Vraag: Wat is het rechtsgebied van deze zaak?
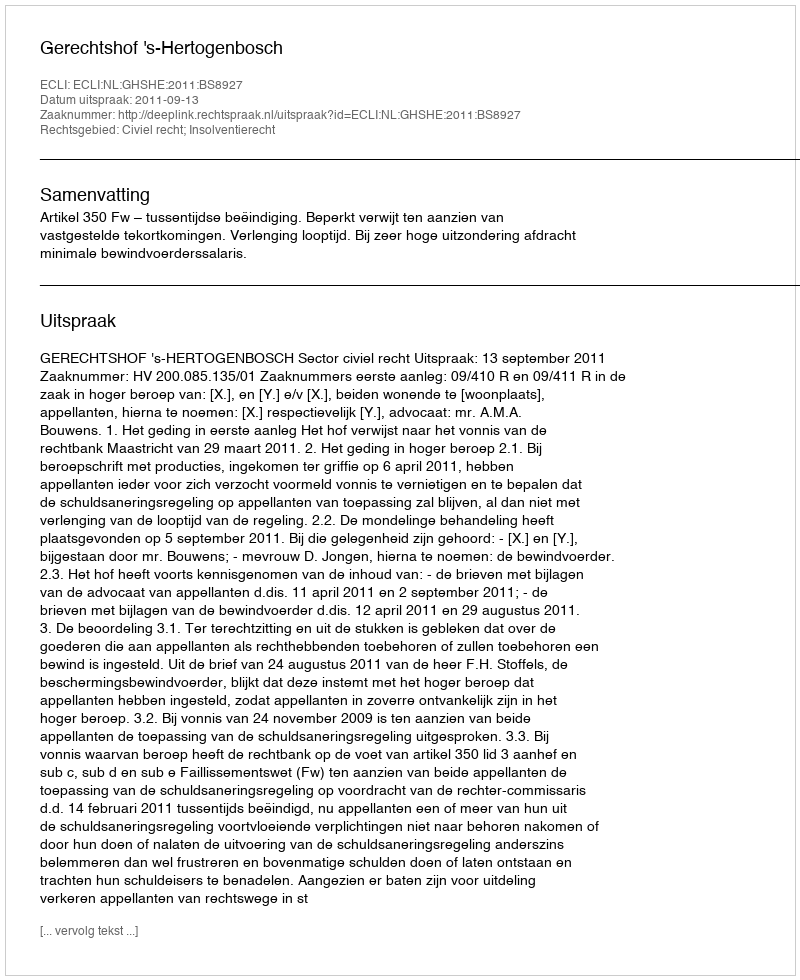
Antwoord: Civiel recht; Insolventierecht